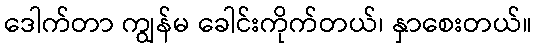
ဒေါက်တာ ကျွန်မ ခေါင်းကိုက်တယ်၊ နှာစေးတယ်။